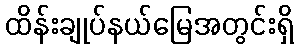
ထိန်းချုပ်နယ်မြေအတွင်းရှိ